Annual statistical returns and brief notes on vaccination in Bengal - 1887-1898
Year: 1887
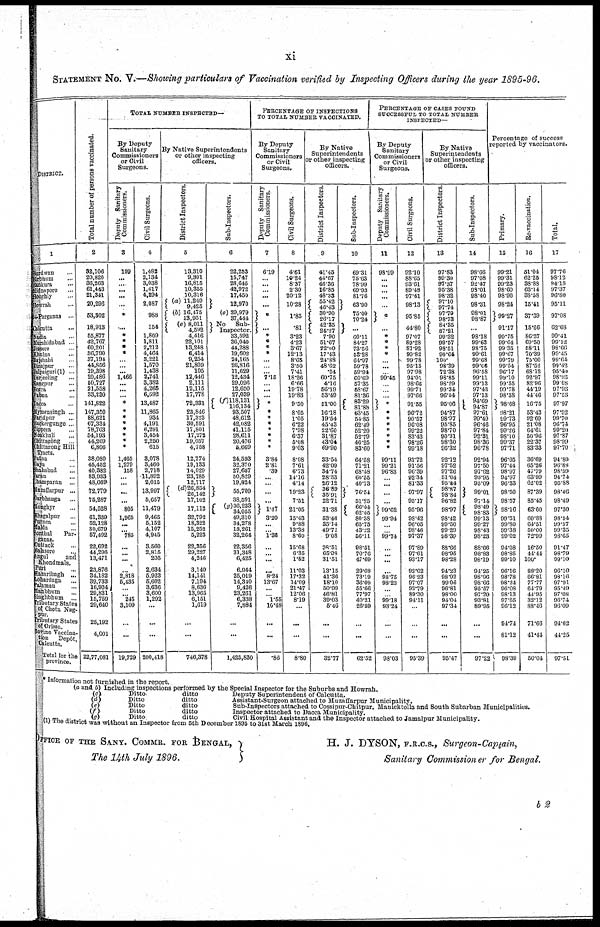
xi
STATEMENT No. V.—Showing particulars of Vaccination verified by Inspecting Officers during the year 1895-96.
DISTRICT.
1
Burdwan...
Birbhum...
Bankura...
Nidmpore...
Hooghly...
Howrah...
24-Parganas...
Calcutta...
Nadia...
Murshidabad ...
Jessore...
Khulna...
Rajshahi...
Dinajpur...
Jalpaiguri(1) ...
Darjeeling...
Rangpur...
Bogra...
Pabna...
Dacca...
Mymensingh ...
Faridpur...
Backergunge ...
Tippera...
Noakhali...
Chittagong...
Chittagong Hill
Tract.
Patna...
Gaya...
Shahabad...
Earan...
Champaran...
Muzaffarpur...
Darbhanga...
Menghyr...
Bhagalpur...
Purnea...
Malda...
Sonthal
Par-
ganas.
Cuttack...
Balasore...
Sngul
and
Khondmals.
Puri...
Hazaribagh...
Bohardaga...
Palamau...
Manbhum...
Binghbhum...
Tributary States
of Chota Nag
pur.
Tributary States
of Orissa.
Bovine Vaccina
tion
Depôt
Calcutta.
Total for the
province.
Total number of persons vaccinated.
2
32,106
20,820
36,263
61,443
21,341
20,296
53,302
18,913
55,877
42,767
60,201
36,790
37,194
44,856
19,398
20,486
50,727
21,558
33,230
141,822
147,350
88,621
67,334
78,763
54,193
44,269
6,806
38,080
45,452
40,382
83,933
48,669
72,779
75,287
54,528
61,339
52,128
30,679
57,492
22,692
44,296
13,471
23,876
34,182
39,733
16,934
29,831
15,759
29,640
25,192
4,001
22,77,081
TOTAL NUMBER INSPECTED—
By Deputy
Sanitary
Commissioners
or Civil
Surgeons.
Deputy
Sanitary
Commissioners.
3
199
...
....
...
...
...
*
...
*
*
*
*
...
...
...
1,466
...
...
...
*
*
*
*
*
*
*
*
1,465
1,279
158
...
...
...
...
805
1,965
...
...
785
...
...
...
...
2,818
5,435
...
...
245
3,109
...
...
19,729
Civil Surgeons.
4
1,482
2,134
3,038
1,417
4,294
2,087
988
154
1,809
1,811
2,212
4,464
3,221
1,570
1,438
8,741
3,382
4,265
6,592
13,487
11,865
934
4,191
6,291
3,454
2,250
615
3,078
3,460
2,718
11,892
2,015
18,997
5,657
11,479
9,465
5,152
4,107
4,945
3,560
2,815
205
2,634
5,923
5,602
3,636
3,600
1,292
...
...
...
200,418
By Native Superintendents
or other inspecting
officers.
District Inspectors.
5
13,310
9,301
16,815
10,355
10,316
(a) 11,249
9,425
(b) 16,475
13,951
(e) 8,011
4,592
4,416
22,101
13,248
6,414
9,254
21,809
105
12,446
2,111
12,115
17,778
72,331
23,846
17,323
30,591
17,801
17,272
19,057
4,758
12,774
19,133
14,029
23,785
12,717
(d)26,854
26,142
17,102
17,112
32,792
18,322
15,252
5,223
22,356
29,227
4,246
3,140
14,141
7,194
8,636
13,965
6,151
1,619
...
...
746,378
Sub-Inspectors.
6
22,253
15,747
28,645
42,972
17,450
12,970
(e) 39,979
37,444
No
Sub-
Inspector.
33,592
36,040
44,288
19,602
24,165
26,816
11,629
12,434
29,096
12,650
27,039
(f)118,131
116,134
93,507
48,612
42,082
41,115
28,611
20,476
5,669
24,593
32,370
27,657
50,829
19,824
55,709
38,591
(g)36,233
34,055
49,310
34,278
13,261
32,264
22,356
31,348
6,425
6,944
25,019
14,340
9,426
23,261
6,338
7,884
...
...
1,423,830
PERCENTAGE OF INSPECTIONS
TO TOTAL NUMBER VACCINATED.
By Deputy
Sanitary
Commissioners
or Civil
Surgeons.
Deputy Sanitary
Commissioners.
7
6.19
...
...
...
...
...
*
...
*
*
*
*
...
...
... 7.15
...
...
...
*
*
*
*
*
*
*
*
3.84
2.81
.39
...
...
...
...
1.47
3.20
...
...
1.36
...
...
...
...
8.24
13.67
...
... 1.55
16.48
...
...
.86
Civil Surgeons.
8
4.61
10.24
8.37
2.30
20.12
10.28
1.85
.81
3.23
4.23
3.67
12.13
8.65
3.50
7.41
18.26
6.66
19.78
19.83
9.50
8.05
1.05
6.22
7.98
6.37
5.08
9.03
8.08
7.61
6.73
14.16
4.14
19.23
7.51
21.05
15.43
9.88
13.38
8.60
15.68
6.35
1.52
11.03
17.32
14.09
21.47
12.06
8.19
...
...
...
8.80
By Native
Superintendents
or other inspecting
officers.
District Inspectors.
9
41.45
44.67
46.36
16.85
48.33
55.42
46.43
30.90
26.17
42.35
24.27
7.90
51.67
22.00
17.43
24.88
48.62
.54
60.75
4.16
56.19
53.49
51.00
16.18
19.54
45.43
22.60
31.87
43.04
69.90
33.54
42.09
34.74
28.33
26.12
36.89
35.91
22.71
31.38
63.46
35.14
49.71
9.08
98.51
65.98
31.51
13.15
41.36
18.10
50.99
46.81
39.03
5.46
...
...
32.77
Sub-Inspectors.
10
69.31
75.63
78.99
69.93
81.76
63.90
75.00
70.24
...
60.11
84.27
73.56
53.28
64.97
59.78
59.94
60.69
57.35
58.67
81.36
83.29
81.88
63.45
54.85
62.49
52.20
52.79
46.25
83.60
64.58
71.21
68.48
60.55
40.73
76.54
51.25
66.44
62.45
80.38
65.75
43.22
56.11
98.51
70.76
47.69
29.08
73.19
36.09
55.66
77.97
40.21
26.59
...
...
62.52
PERCENTAGE OF CASES FOUND
SUCCESSFUL TO TOTAL NUMBER
INSPECTED—
By Deputy
Sanitary
Commissioners
or Civil
Surgeons.
Deputy Sanitary
Commissioners.
11
98.99
...
...
...
...
...
*
...
*
*
*
*
...
...
...
99.45
...
...
...
*
*
*
*
*
*
*
*
99.11
99.21
96.83
...
...
...
...
99.62
99.94
...
...
99.74
...
...
...
...
98.75
98.23
...
...
99.18
93.24
...
...
98.03
Civil Surgeons.
12
92.10
88.65
93.61
89.48
97.41
98.13
95.85
44.80
97.07
89.28
87.92
99.82
99.78
95.15
97.98
94.01
98.66
99.71
97.66
91.55
96.72
90.57
96.08
99.22
83.43
98.26
99.18
93.72
91.56
96.39
92.34
81.33
97.97
95.17
95.96
98.42
96.05
98.46
97.37
97.89
97.61
93.17
92.02
96.23
97.07
92.79
89.30
94.11
...
...
...
95.39
By Native
Superintendents
or other inspecting
officers.
District Inspectors.
13
97.83
99.30
97.37
95.38
98.32
97.10
97.74
97.79
98.73
84.35
87.21
99.32
99.57
98.51
99.64
100.
98.39
72.38
98.85
98.29
99.34
96.64
95.06
94.87
98.97
95.85
98.70
90.31
98.30
96.32
92.12
97.52
97.26
51.04
95.84
98.87
98.84
96.82
98.97
98.42
99.50
99.29
98.39
88.66
98.95
98.28
94.23
98.92
99.06
96.81
98.00
94.04
97.34
...
...
95.47
Sub-Inspectors.
14
98.66
97.08
92.47
98.01
98.40
98.31
98.01
98.87
...
98.18
99.63
98.75
99.61
99.68
99.66
96.58
99.11
99.13
97.43
97.13
94.69
94.87
97.61
99.40
96.46
97.84
92.31
98.36
96.78
92.94
97.50
97.62
98.95
95.09
99.01
97.14
98.49
98.83
99.13
99.27
98.43
98.23
88.66
98.83
98.19
94.25
98.96
98.66
95.57
97.20
93.81
89.95
...
...
97.22
Percentage of success
reported by vaccinators.
Primary.
15
99.21
99.31
99.23
98.60
98.96
98.24
99.27
91.17
99.75
99.64
99.35
99.67
99.79
99.54
96.17
99.10
99.55
99.78
98.38
98.68
98.21
99.73
96.95
99.26
98.10
99.37
97.71
96.05
97.44
98.97
94.97
96.33
98.50
98.57
98.16
99.51
99.80
99.38
99.02
94.08
98.85
99.10
96.16
98.78
98.24
96.08
98.13
97.55
96.12
94.74
81.12
98.39
Re-vaccination.
16
51.04
62.25
38.88
63.14
38.58
15.41
37.39
15.66
86.87
60.50
58.11
70.39
75.00
87.52
68.12
92.97
82.96
44.19
44.46
16.75
53.43
92.69
21.08
64.61
50.96
22.37
83.33
36.69
65.26
47.79
63.99
62.02
87.39
85.45
63.00
60.88
64.51
50.00
72.99
16.50
44.44
100.
88.20
66.81
77.77
64.79
44.95
32.12
88.46
71.66
41.44
50.04
Total.
17
97.76
98.12
94.18
97.37
96.80
95.11
97.08
62.68
99.41
99.12
98.66
99.45
99.64
99.42
95.40
98.93
99.08
97.93
97.53
97.97
97.92
99.70
96.74
99.20
97.87
98.99
97.70
94.80
96.88
98.59
94.74
95.88
98.46
98.49
97.30
98.54
99.57
99.35
98.65
91.47
98.79
99.10
96.10
98.16
97.91
95.49
97.08
96.74
96.09
94.62
44.25
97.51
Information not furnished in the report.
(a and b) Including inspections performed by the Special Inspector for the Suburbs and Howrah.
(c)
Ditto
ditto
Deputy Superintendent or Calcutta.
(d)
Ditto
ditto
Assistant-Surgeon attached to Muzaffarpur Municipality.
(e)
Ditto
ditto
Sub-Inspectors attached to Cossipur-Chitpur, Mauicktolla and South Subarban Municipalities.
(f)
Ditto
ditto
Inspector attached to Dacca Municipality.
(g)
Ditto
ditto
Civil Hospital Assistant and the Inspector attached to Jamalpur Municipality.
(1) The district was without an Inspector from 5th December 1895 to 31st March 1896.
OFFICE OF THE SANY. COMMR. FOR BENGAL,
The 14th July 1896.
H. J. DYSON, F.R.C.S., Surgeon-Captain,
Sanitary Commissioner for Bengal.
b2